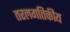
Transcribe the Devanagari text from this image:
तरलगतिकीय